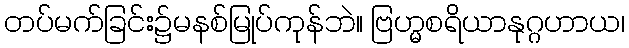
တပ်မက်ခြင်း၌မနစ်မြုပ်ကုန်ဘဲ။ ဗြဟ္မစရိယာနုဂ္ဂဟာယ၊